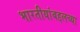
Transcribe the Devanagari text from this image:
भारतीयांबद्दलच्या